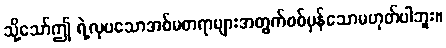
သို့သော်ဤ ရဲ့လှပသောအစ်မစာရာများအတွက်စစ်မှန်သောမဟုတ်ပါဘူး။